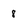
Character: 8